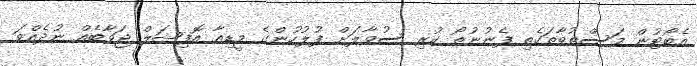
އެބޯޓުން މަސްތުވާތަކެތި ފެނުނުތޯ ކުރި ސުވާލަށް ފުލުހުންގެ މީޑިއާ އޮފިޝަލް ޖަވާބެއް ނުދެއްވަ